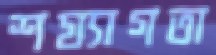
শয্যাগতা